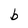
Character: b